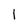
Character: 1